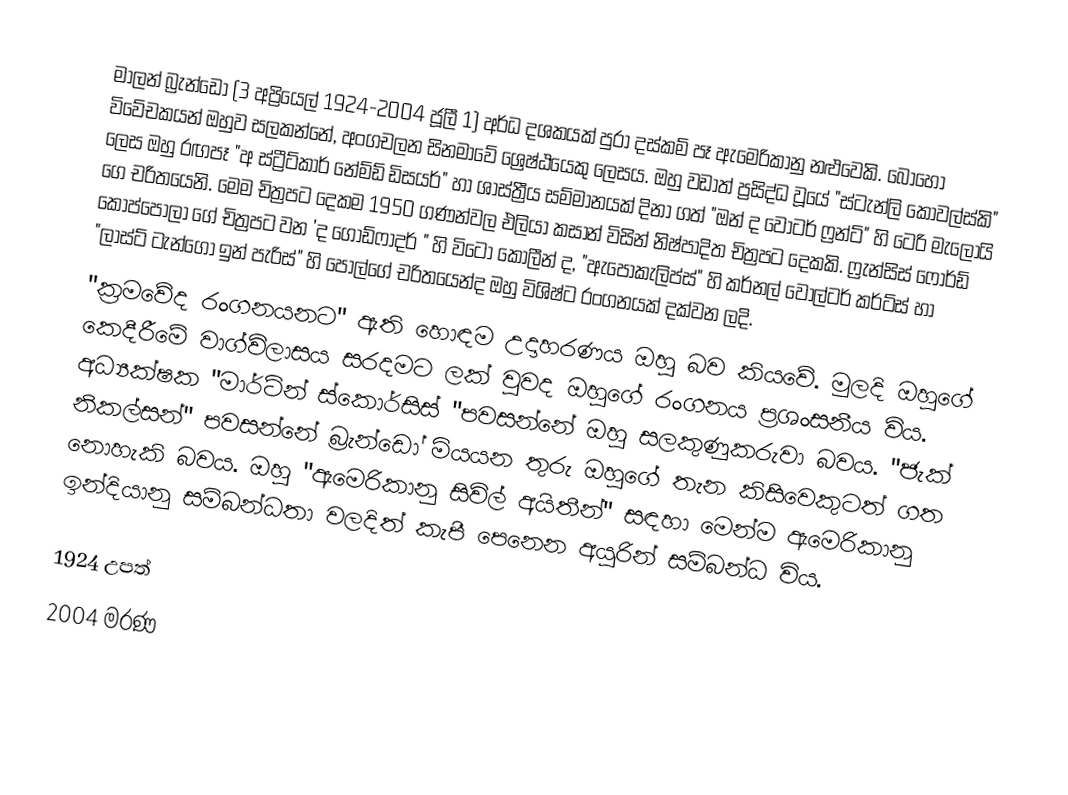
මාලන් බ්‍රැන්ඩෝ (3 අප්‍රියෙල් 1924-2004 ජූලී 1) අර්ධ දශකයක් පුරා දස්කම් පෑ ඇමෙරිකානු නළුවෙකි.  බොහෝ විවේචකයන් ඔහුව සලකන්නේ, අංගචලන සිනමාවේ  ශ්‍රෙෂ්ඨයෙකු ලෙසය. ඔහු වඩාත් ප්‍රසිද්ධ වූයේ "ස්ටැන්ලි කෝවල්ස්කි" ලෙස ඔහු රඟපෑ "අ ස්ට්‍රීට්කාර් නේම්ඩ් ඩිසයර්" හා ශාස්ත්‍රීය සම්මානයක් දිනා ගත් "ඔන් ද වෝටර් ෆ්‍රන්ට්" හි ටෙරි මැලොයි ගෙ චරිතයෙනි. මෙම චිත්‍රපට දෙකම 1950 ගණන්වල එලියා කසාන් විසින් නිෂ්පාදිත චිත්‍රපට දෙකකි. ෆ්‍රැන්සිස් ෆෝර්ඩ් කොප්පොලා ගේ චිත්‍රපට වන 'ද ගෝඩ්ෆාදර් " හි විටො කොලීන් ද, "ඇපොකැලිප්ස්" හි කර්නල් වෝල්ටර් කර්ට්ස් හා "ලාස්ට් ටැන්ගෝ ඉන් පැරිස්" හි පෝල්ගේ චරිතයෙන්ද ඔහු විශිෂ්ට රංගනයක් දක්වන ලදි.
"ක්‍රමවේද රංගනයනට" ඇති හොඳම උදාහරණය ඔහු බව කියවේ. මුලදි ඔහුගේ කෙදීරීමේ වාග්විලාසය සරදමට ලක් වුවද ඔහුගේ රංගනය ප්‍රශංසනීය විය. අධ්‍යක්ෂක "මාර්ටින් ස්කොර්සිස් "පවසන්නේ ඔහු සලකුණුකරුවා බවය. "ජැක් නිකල්සන්" පවසන්නේ බ්‍රැන්ඩෝ මියයන තුරු ඔහුගේ තැන කිසිවෙකුටත් ගත නොහැකි බවය. ඔහු "ඇමෙරිකානු සිවිල් අයිතීන්" සඳහා මෙන්ම ඇමෙරිකානු ඉන්දියානු සම්බන්ධතා වලදිත් කැපී පෙනෙන අයුරින් සම්බන්ධ විය.

1924 උපත්
2004 මරණ